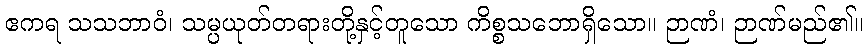
ဧကရ သသဘာဝံ၊ သမ္ပယုတ်တရားတို့နှင့်တူသော ကိစ္စသဘောရှိသော။ ဉာဏံ၊ ဉာဏ်မည်၏။